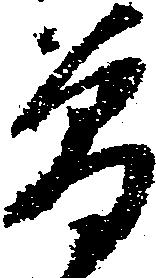
曽